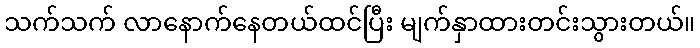
သက်သက် လာနောက်နေတယ်ထင်ပြီး မျက်နှာထားတင်းသွားတယ်။